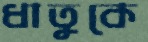
ধাতুকে